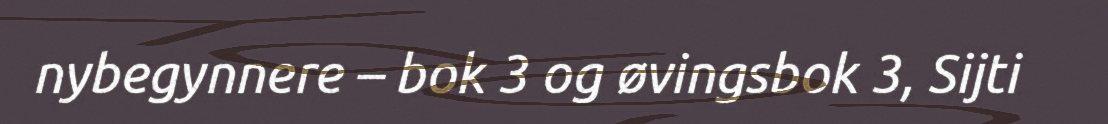
nybegynnere – bok 3 og øvingsbok 3, Sijti